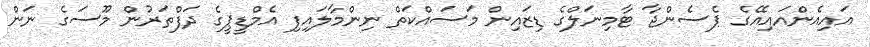
އައިއެންއައިއޭގެ ޕެސެންޖާ ޓާމިނަލްގެ ޑިޒައިން މަސައްކަތް ނިންމާލައިފި އެމްޑީޕީގެ ދަފްތަރުން މޫސަގެ ނަން